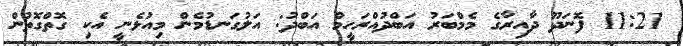
11:21 ފޮނަދޫ ދާއިރާގެ މެމްބަރު އަބްދުއްރަހީމް އަބްދު: އަލުގަނޑުމެން މިއުޅެނީ އެކި ގޮތްގޮތުން